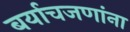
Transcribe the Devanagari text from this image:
बर्याचजणांना